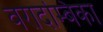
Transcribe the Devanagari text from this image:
वरादम्बिका